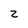
Character: z